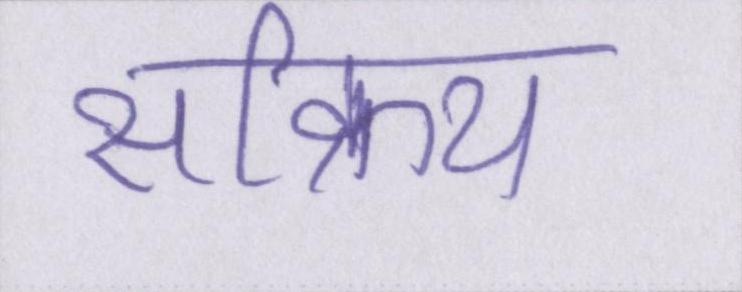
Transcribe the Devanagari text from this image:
सक्रिय